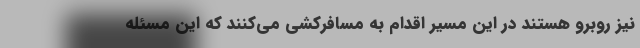
نیز روبرو هستند در این مسیر اقدام به مسافرکشی می‌کنند که این مسئله